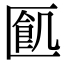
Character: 㔳